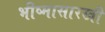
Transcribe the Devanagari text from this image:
भीष्मासारखी